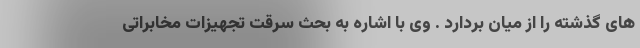
های گذشته را از میان بردارد . وی با اشاره به بحث سرقت تجهیزات مخابراتی